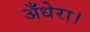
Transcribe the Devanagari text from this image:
अँधेरा।